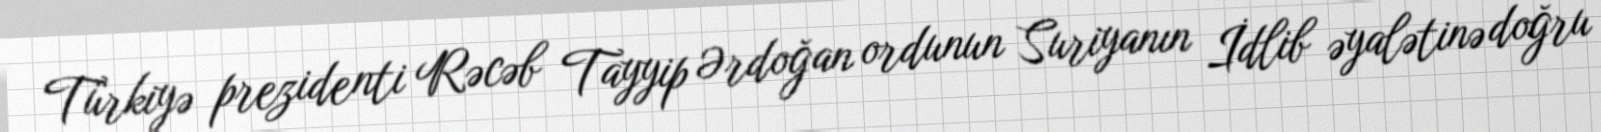
Türkiyə prezidenti Rəcəb Tayyip Ərdoğan ordunun Suriyanın İdlib əyalətinə doğru